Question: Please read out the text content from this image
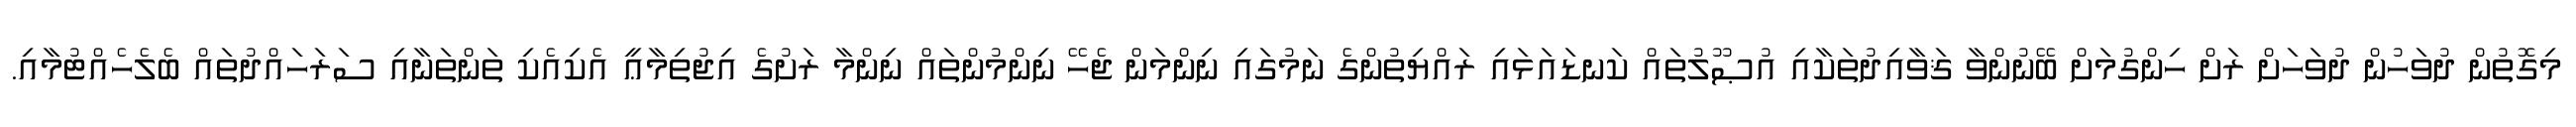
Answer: މިގޮތުން ދުވަހުން ދުވަހަށް ރަށް ހިންގުމަށް ބޭނުންވާ ޤަވާއިދުތަކާއި އުޞޫލުތައް ކަނޑައަޅައި ރައްޔިތުންގެ ނަމުގައި ނިންމަން ޖެހޭ ނިންމުންތައް ނިންމާ ރަށުގެ އިޖުތިމާޢީ އެކިއެކި ތަންތަނާއި ސަރަހައްދުތައް ބެލެހެއްޓުމާއި.